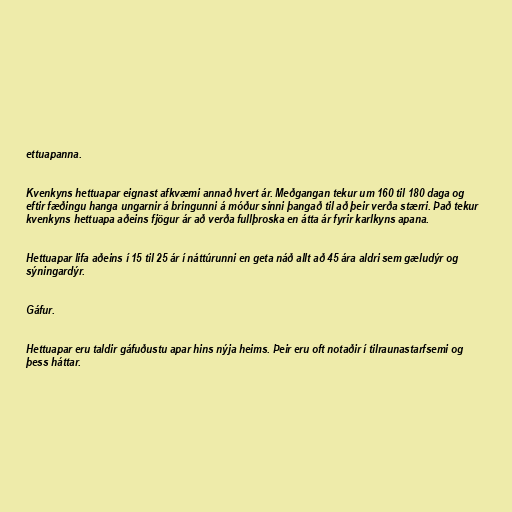
ettuapanna.

Kvenkyns hettuapar eignast afkvæmi annað hvert ár. Meðgangan tekur um 160 til 180 daga og
eftir fæðingu hanga ungarnir á bringunni á móður sinni þangað til að þeir verða stærri. Það tekur
kvenkyns hettuapa aðeins fjögur ár að verða fullþroska en átta ár fyrir karlkyns apana.

Hettuapar lifa aðeins í 15 til 25 ár í náttúrunni en geta náð allt að 45 ára aldri sem gæludýr og
sýningardýr.

Gáfur.

Hettuapar eru taldir gáfuðustu apar hins nýja heims. Þeir eru oft notaðir í tilraunastarfsemi og
þess háttar.